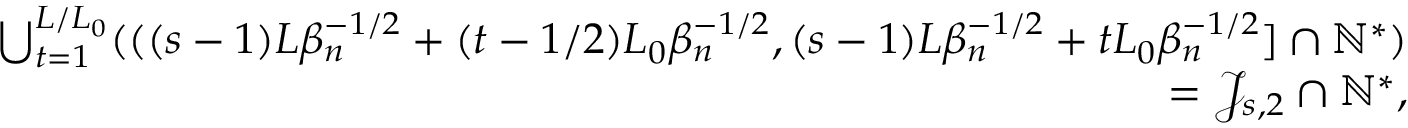
\begin{array} { r l r } & { } & { \bigcup _ { t = 1 } ^ { L \slash L _ { 0 } } ( ( ( s - 1 ) L \beta _ { n } ^ { - 1 \slash 2 } + ( t - 1 \slash 2 ) L _ { 0 } \beta _ { n } ^ { - 1 \slash 2 } , ( s - 1 ) L \beta _ { n } ^ { - 1 \slash 2 } + t L _ { 0 } \beta _ { n } ^ { - 1 \slash 2 } ] \cap \mathbb { N } ^ { * } ) } \\ & { } & { = \mathcal { J } _ { s , 2 } \cap \mathbb { N } ^ { * } , } \end{array}